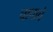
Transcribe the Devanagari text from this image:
चापाचे